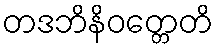
တဒဘိနိဝတ္တေတိ